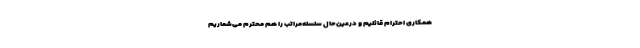
همکاری احترام قائلیم و درعین‌حال سلسله‌مراتب را هم محترم می‌شماریم